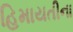
હિમાયતીના